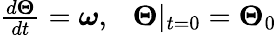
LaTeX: \begin{array}{r}{\frac{d\boldsymbol{\Theta}}{dt}=\boldsymbol{\omega},~~~\boldsymbol{\Theta}|_{t=0}=\boldsymbol{\Theta}_{\mathrm{0}}}\end{array}